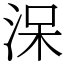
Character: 㳭